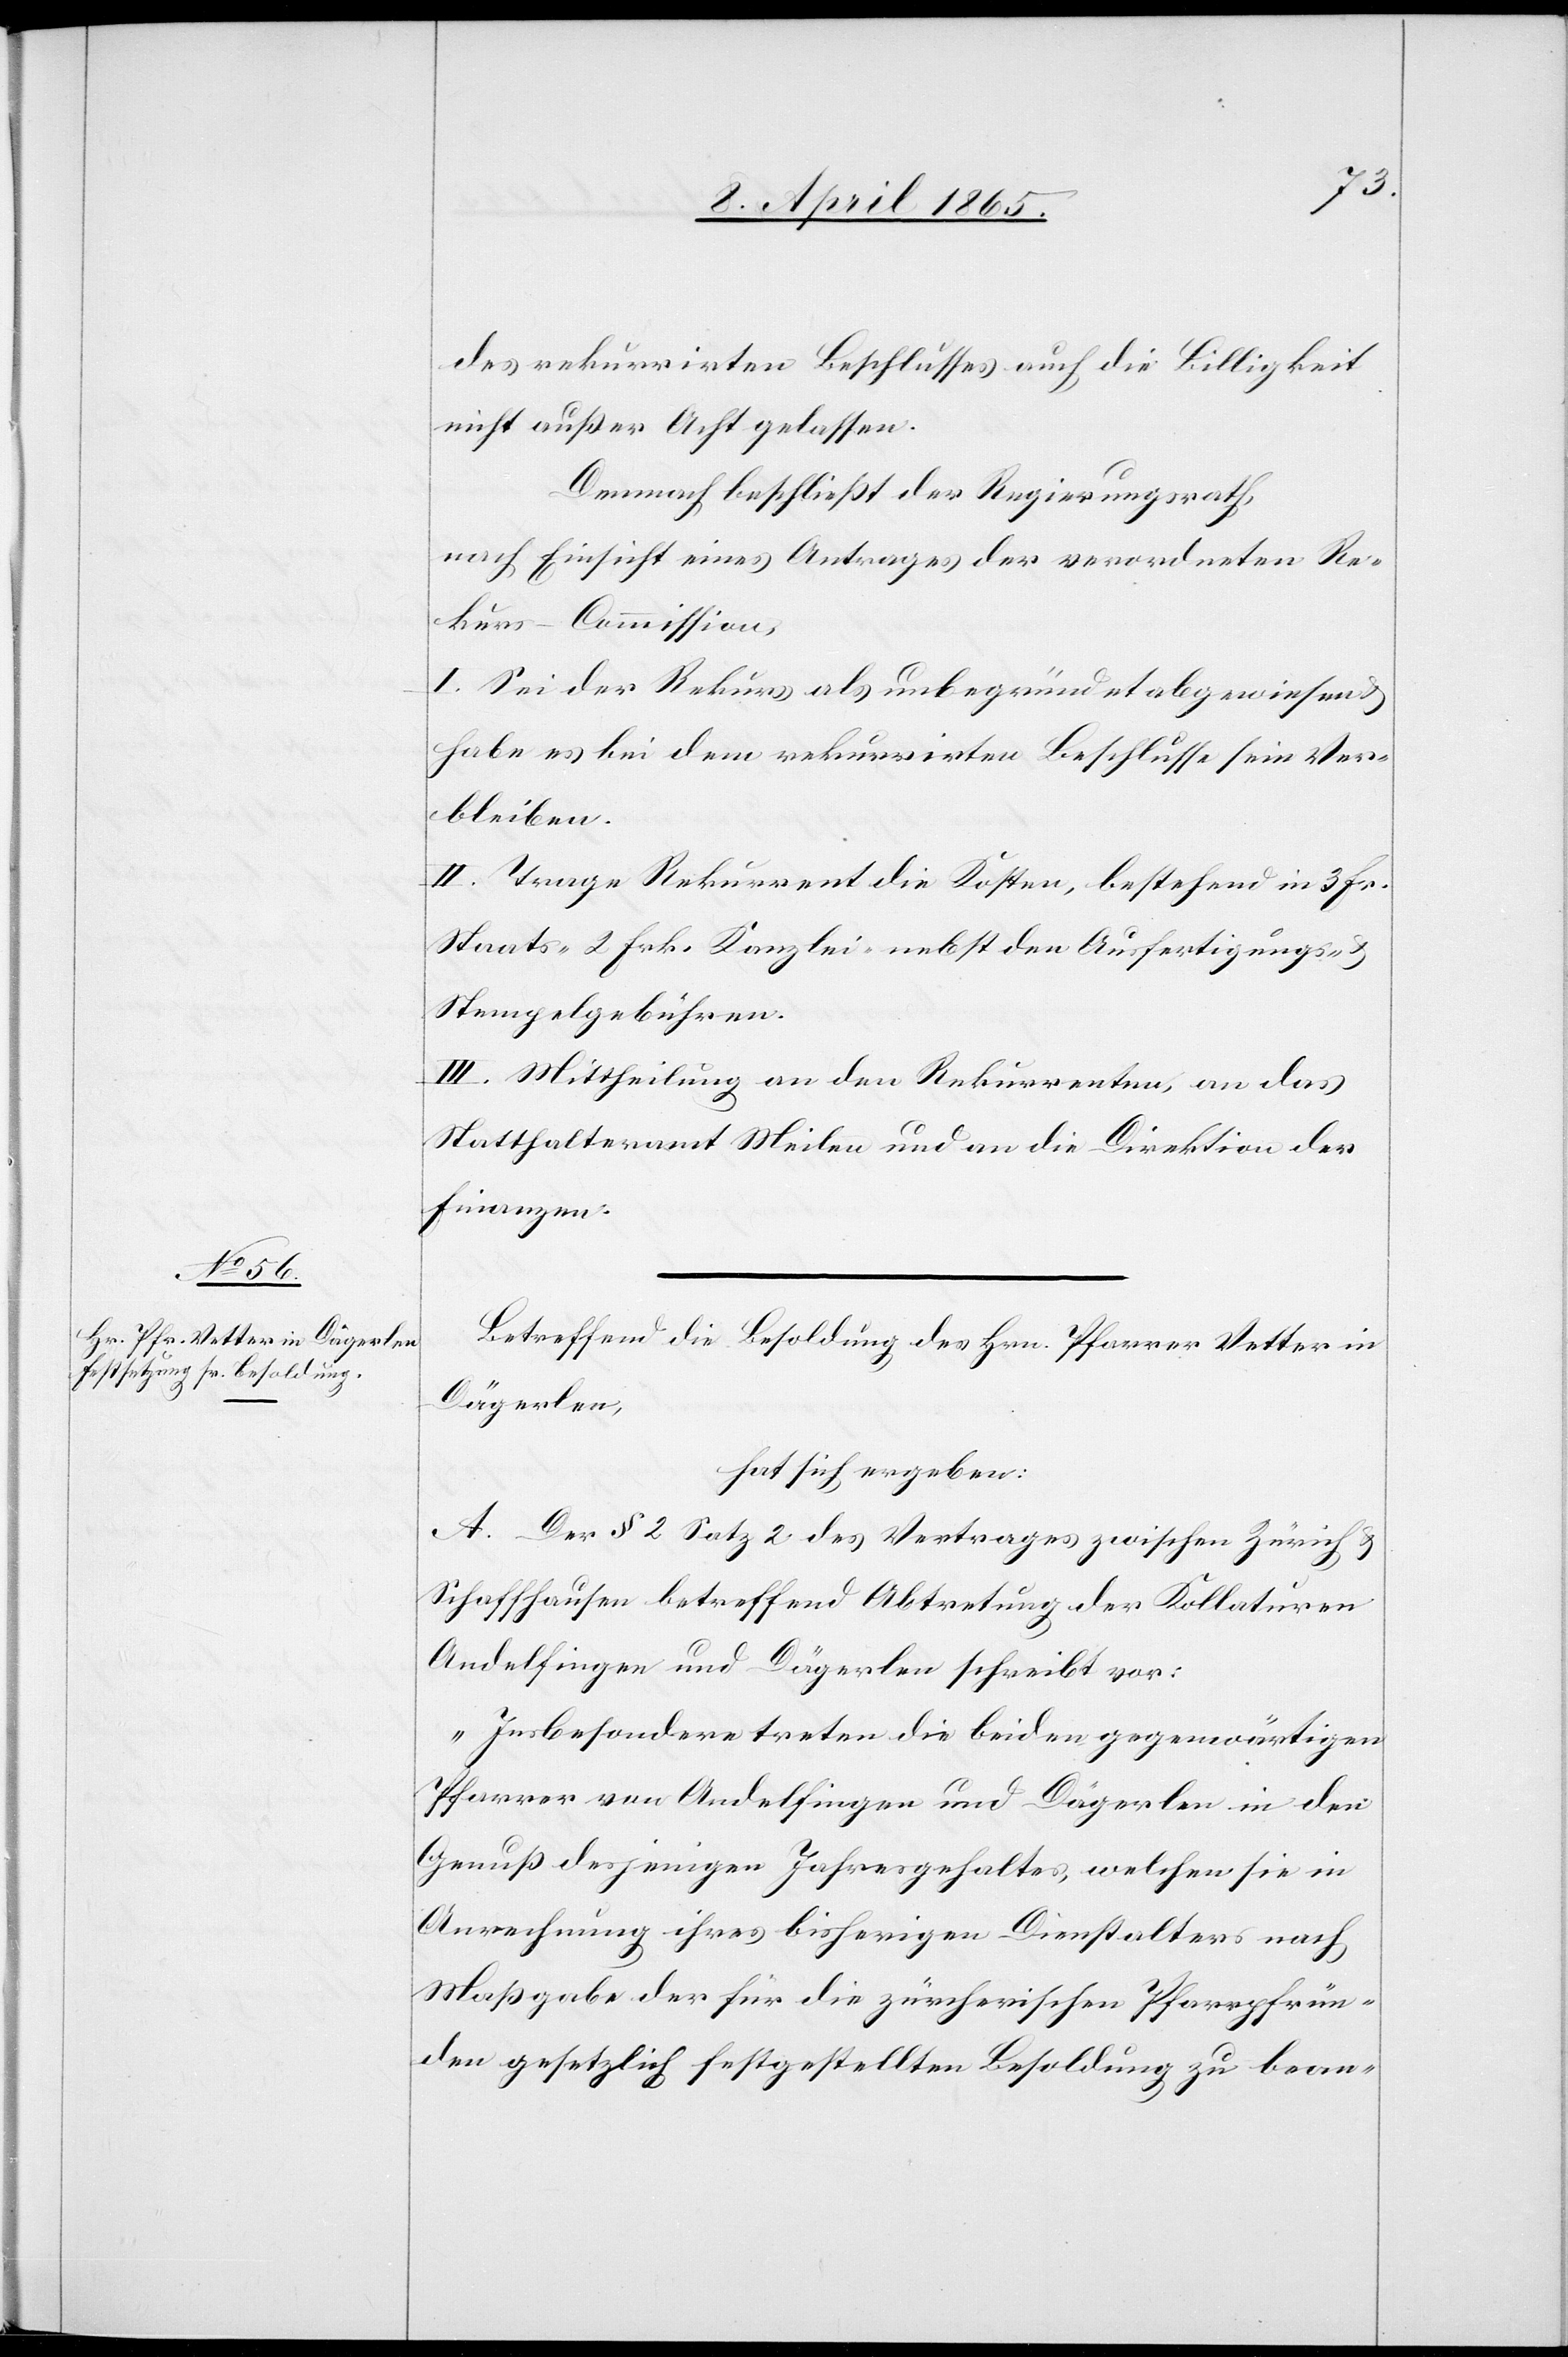
des rekurrirten Beschlusses auch die Billigkeit
nicht außer Acht gelassen.
Demnach beschließt der Regierungsrath,
nach Einsicht eines Antrages der verordneten Re¬
kurs-Commission,
I. Sei der Rekurs als unbegründet abgewiesen
habe es bei dem rekurrirten Beschlusse sein ver¬
bleiben.
II. Trage Rekurrent die Kosten, bestehend in 3 Fr.
Staats-[,] 2 Frk. Kanzlei- nebst den Ausfertigungs- &
Stempelgebühren.
III. Mittheilung an den Rekurrenten, an das
Statthalteramt Meilen und an die Direktion der
Finanzen.
Betreffend die Besoldung des Hrn. Pfarrer Vetter in
Dägerlen,
hat sich ergeben:
A. Der § 2 Satz 2 des Vertrages zwischen Zürich &
Schaffhausen betreffend Abtretung der Kollaturen
Andelfingen und Dägerlen schreibt vor:
„Insbesondere treten die beiden gegenwärtigen
Pfarrer von Andelfingen und Dägerlen in den
Genuß desjenigen Jahresgehaltes, welchen sie in
Anrechnung ihres bisherigen Dienstalters nach
Maßgabe der für die zürcherischen Pfarrpfrün¬
den gesetzlich festgestellten Besoldung zu bean-